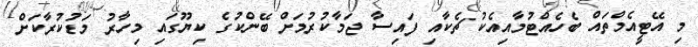
މި އޭޓީއެމްތައް ބެހެއްޓުމާއިއެކު ޗެކާއި ފައިސާ ޖަމާކުރުމަށް ބޭންކުގެ ކިޔޫގައި މިހާރު މަޑުކުރާކަށް